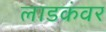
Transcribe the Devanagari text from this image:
लाडकंवर